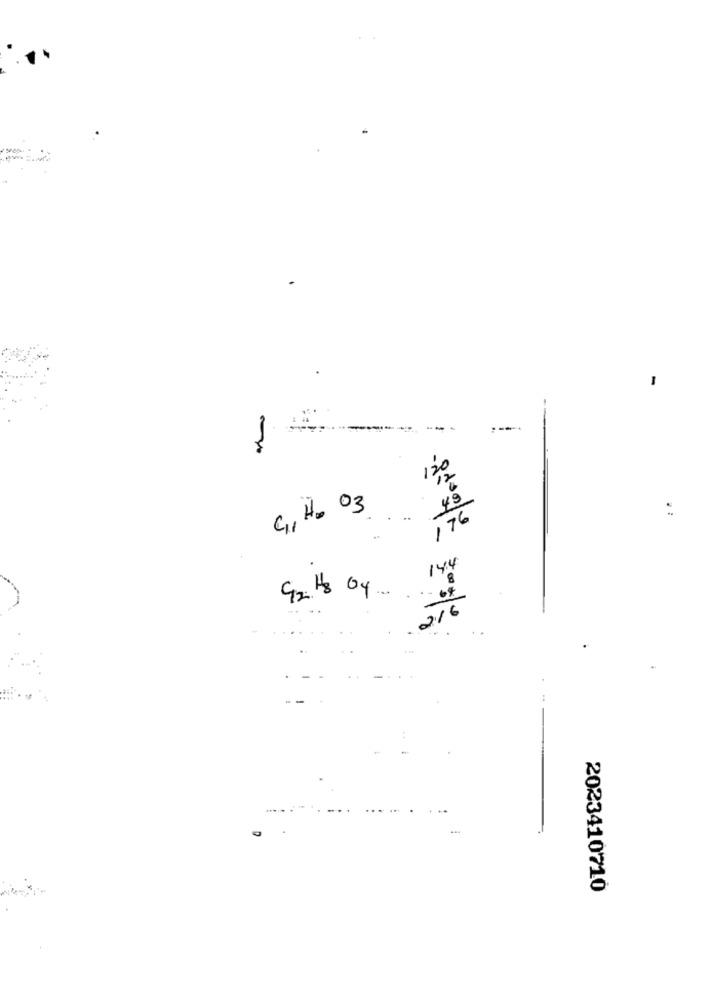
49
C, H2 O3
176
14.4
8
92 18 04
216
2023410710